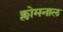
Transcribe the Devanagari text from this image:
क्लोमनाल